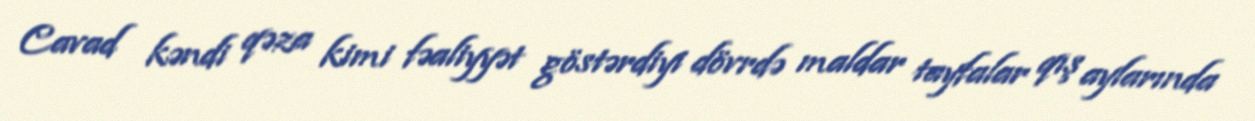
Cavad kəndi qəza kimi fəaliyyət göstərdiyi dövrdə maldar tayfalar qış aylarında